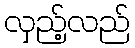
လှည့်လည်